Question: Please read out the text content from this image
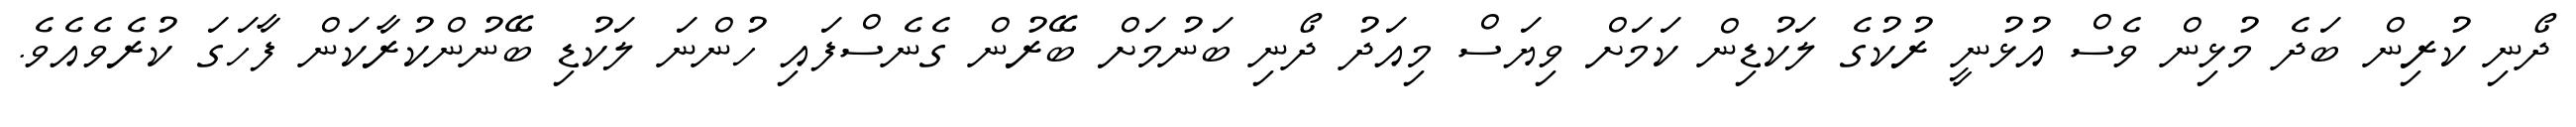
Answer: ދޯނި ކުރިން ބަދެ މުޅިން ވެސް އުޅުނީ ރުކުގެ ލަކުޑިން ކަމަށް ވިޔަސް މިއަދު ދޯނި ބަނުމަށް ބޭރުން ގެނެސްފައި ހުންނަ ލަކުޑި ބޭނުންކުރާކަން ފާހަގަ ކުރެވެއެވެ.